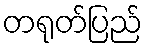
တရုတ်ပြည်